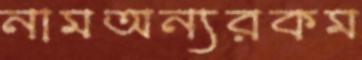
নামঅন্যরকম